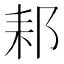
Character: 䣂